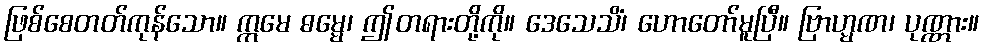
ဖြစ်စေတတ်ကုန်သော။ ဣမေ ဓမ္မေ၊ ဤတရားတို့ကို။ ဒေသေသိံ၊ ဟောတော်မူပြီ။ ဗြာဟ္မဏ၊ ပုဏ္ဏား။